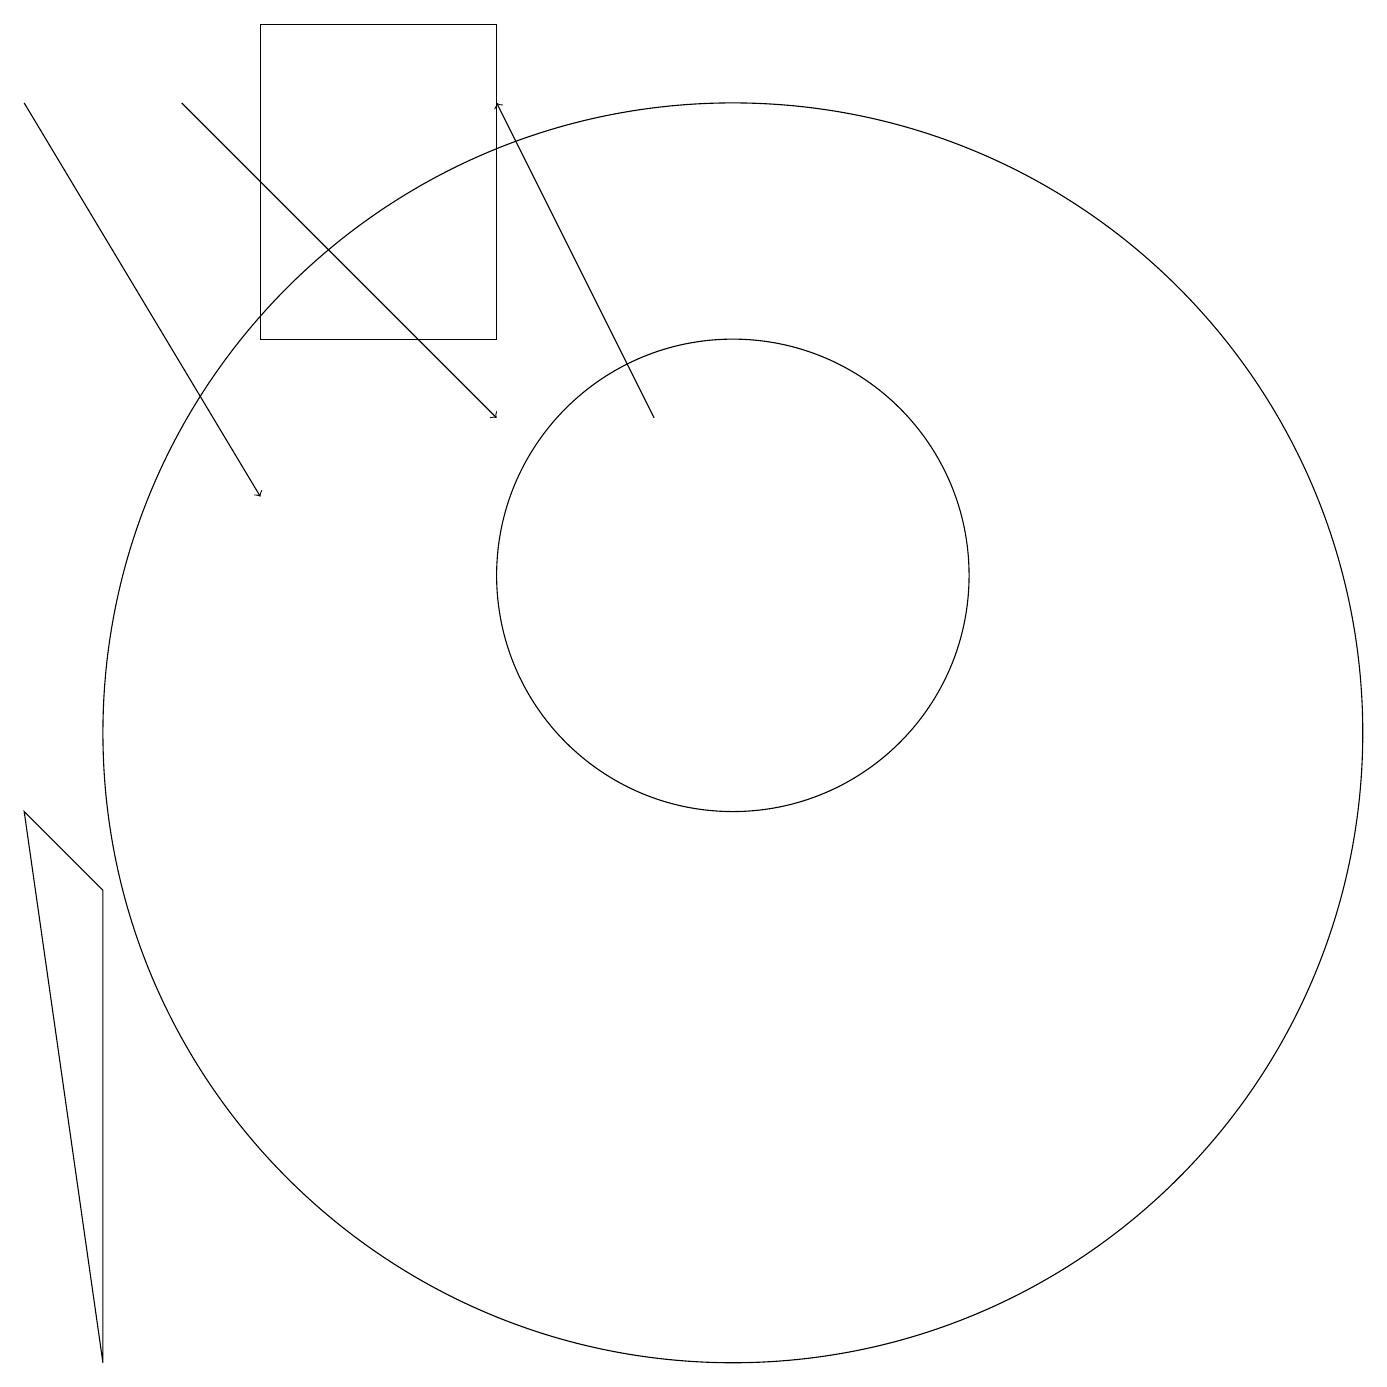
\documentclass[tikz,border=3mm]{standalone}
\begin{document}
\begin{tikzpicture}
\draw[->] (1,18) -- (4,13);
\draw[->] (9,14) -- (7,18);
\draw[->] (3,18) -- (7,14);
\draw (4,19) rectangle (7,15);
\draw (2,2) -- (2,8) -- (1,9) -- cycle;
\draw (10,12) circle (3);
\draw (10,10) circle (8);
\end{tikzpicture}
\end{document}